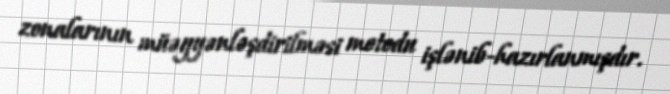
zonalarının müəyyənləşdirilməsi metodu işlənib-hazırlanmışdır.